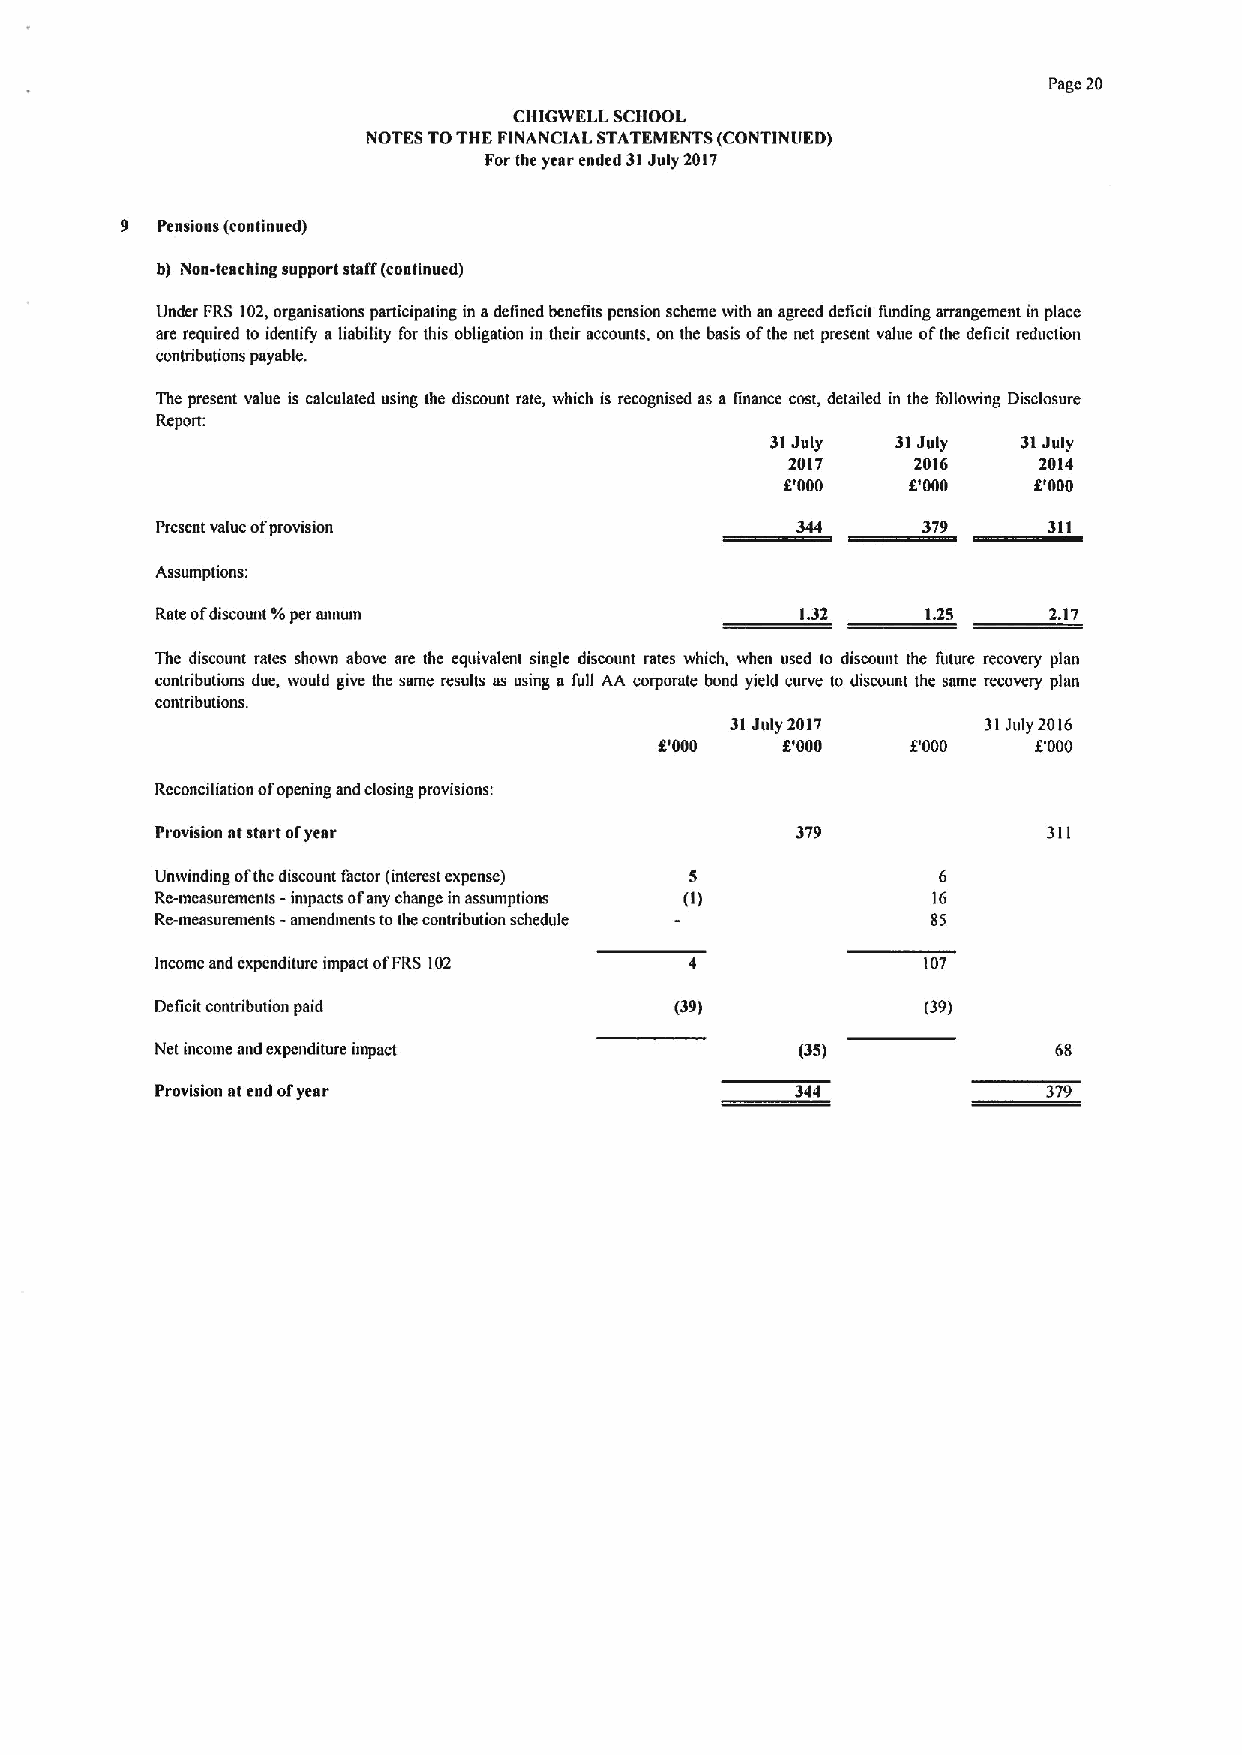
Page 20
 CHIGWELL SCHOOL
 NOTES TOTHE FINANCIAL STATEMENTS (CONTINUED)
 Forthe year ended 31July 2017
 9 Pensions (continued)
 b) Non-teaching support staff (continued)
 Under FRS 102,organisations panicipattng in adefined benetits pension scheme with an agreed deficit fimding arrangement in place
 are required to identify aliability for this obligation in their accounts, on the basis ofthe net present value ofthe deficit reduciion
 contributions payable.
 The present value is calculated using the discount rate, which is recognised as a finance cost, detailed in the following Disclosure
 Repom
 31July  31July   31July
 2017     2016    2014
 5'000   5'000   5'000
 Present value ofprovision                                  311
 Assumptions:
 Rate ofdiscount 'Ysper annum               1.32    1.25    2.17
 The discount rates shown above are the equivalent single discount rates ivhich, when used to discount the future recovery plan
 contributions due, would give the same results as using a full AA corporate bond yield curve to discount the same recovery plan
 contributions.
 31July 2017      31July 2016
 5'000   5'000   8000     F000
 Reconciliation ofopening and closing provisions:
 Provision atstart ofyear                   379             31I
 Unwinding ofthe discount factor (interest expense) 5 6
 Re-measurements - inipacts ofany change inassumptions (I) 16
 Re-measurements -amendments tothe contribution schedule 05
 Income and expenditure impact ofFRS 102            107
 Deficit contribution paid          (39)            (39)
 Net income and expenditure impact          (35)             6$
 Provision atend ofyear                     344             379